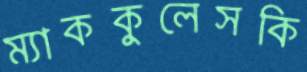
ম্যাককুলেসকি